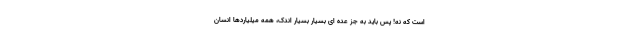
است که نه! پس باید به جز عده ای بسیار بسیار اندک، همه میلیاردها انسان